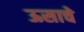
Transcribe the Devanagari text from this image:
ऊसाचे